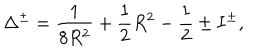
\Delta ^ { \pm } = \frac { 1 } { 8 R ^ { 2 } } + \frac { 1 } { 2 } R ^ { 2 } - \frac { 1 } { 2 } \pm I ^ { \pm } ,